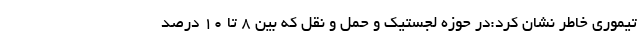
تیموری خاطر نشان کرد:در حوزه لجستیک و حمل و نقل که بین ۸ تا ۱۰ درصد